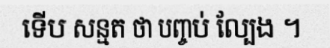
ទើប សន្មត ថា បញ្ចប់ ល្បែង ។